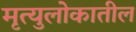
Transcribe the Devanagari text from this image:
मृत्युलोकातील